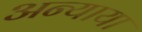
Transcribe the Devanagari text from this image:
अन्याया